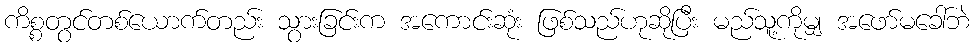
ကိစ္စတွင်တစ်ယောက်တည်း သွားခြင်းက အကောင်းဆုံး ဖြစ်သည်ဟုဆိုပြီး မည်သူ့ကိုမျှ အဖော်မခေါ်ဘဲ